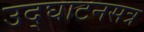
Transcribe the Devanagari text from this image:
उद्‍घाटनसत्र